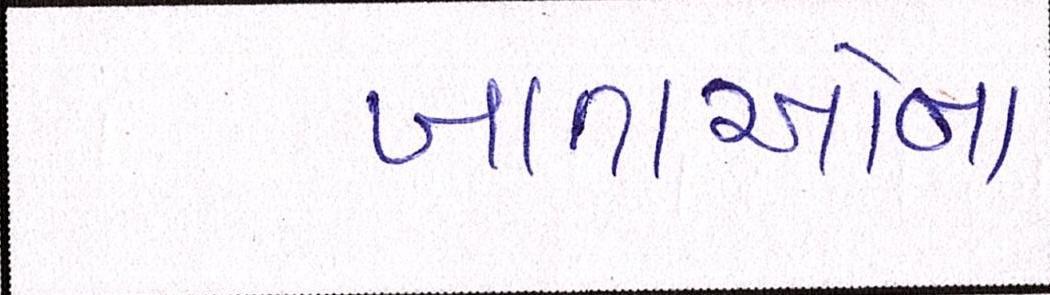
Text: ખાતાઓના